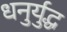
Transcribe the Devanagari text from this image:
धनुर्युद्ध